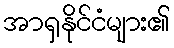
အာရှနိုင်ငံများ၏